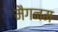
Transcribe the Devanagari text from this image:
मैगनम